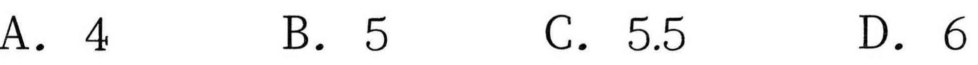
A. \(4\)  \(\quad\)B. \(5\)  \(\quad\)C. \(5.5\)  \(\quad\)D. \(6\)